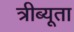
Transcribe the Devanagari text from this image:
त्रीब्यूता